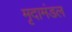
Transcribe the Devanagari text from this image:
मृदामंडल